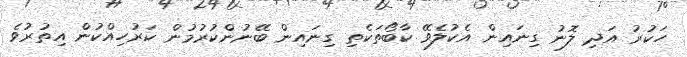
ހަކުރު އަދި ލޮނު ގިނައިން އެކުލެވޭ ކާބޯތަކެތި ގިނައިން ބޭނުންކުރުމުން ކަރުހިއްކުން އިތުރުވެ